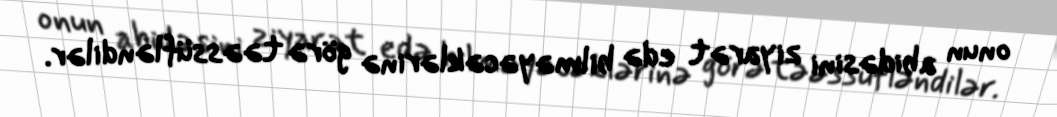
onun abidəsini ziyarət edə bilməyəcəklərinə görə təəssüfləndilər.